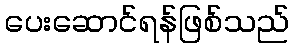
ပေးဆောင်ရန်ဖြစ်သည်